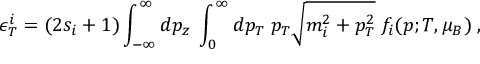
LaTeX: \epsilon _ { T } ^ { i } = ( 2 s _ { i } + 1 ) \int _ { - \infty } ^ { \infty } d p _ { z } \; \int _ { 0 } ^ { \infty } d p _ { T } \; p _ { T } \sqrt { m _ { i } ^ { 2 } + p _ { T } ^ { 2 } } \; f _ { i } ( p ; T , \mu _ { B } ) \; ,